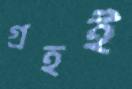
গ্রহই